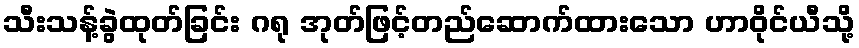
သီးသန့်ခွဲထုတ်ခြင်း ဂရု အုတ်ဖြင့်တည်ဆောက်ထားသော ဟာဝိုင်ယီသို့